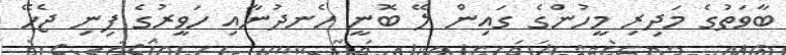
ބާވަތުގެ މަދިރި މީހުންގެ ގައިން ލޭ ބޮނީ ހެނދުނާއި ހަވީރުގެ ފިނި ޖެހޭ